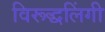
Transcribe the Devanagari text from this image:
विरूद्धलिंगी